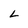
Character: L